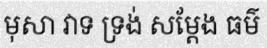
មុសា វាទ ទ្រង់ សម្តែង ធម៌